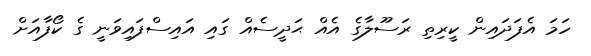
ހަމަ އެފަދައިން ކީރިތި ރަސޫލާގެ އެއް ޙަދީސެއް ގައި އައިސްފައިވަނީ ގެ ކޯފާއަށް